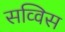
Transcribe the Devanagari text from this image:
सव्विस